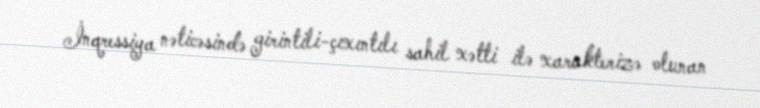
İnqressiya nəticəsində girintili-çıxıntılı sahil xətti ilə xarakterizə olunan